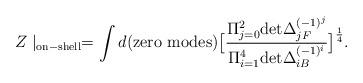
LaTeX: \begin{align*}Z \mid_{\rm on-shell} = \int d({\rm zero~ modes} )\big[ { \Pi_{j=0}^2{\rm det} \Delta_{jF} ^{(-1)^j}\over \Pi_{i=1}^4{\rm det} \Delta_{iB} ^{(-1)^i}} \big]^{1 \over 4} .\end{align*}